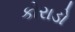
કોરાડો